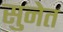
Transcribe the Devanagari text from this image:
सुनेत